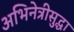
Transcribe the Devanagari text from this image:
अभिनेत्रीसुद्धा